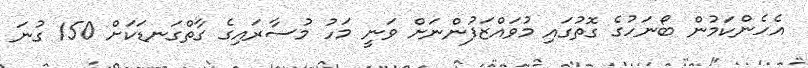
އެހެންކަމުން ބޯނަހުގެ ގޮތުގައި މުވައްޒަފުންނަށް ވަނީ މަހު މުސާރައިގެ ގާތްގަނޑަކަށް 150 ގުނަ